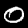
Digit: 0